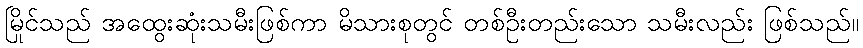
မြိုင်သည် အထွေးဆုံးသမီးဖြစ်ကာ မိသားစုတွင် တစ်ဦးတည်းသော သမီးလည်း ဖြစ်သည်။